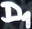
Text: D1